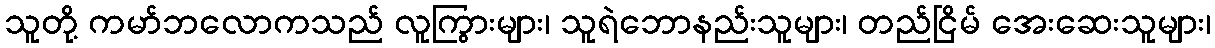
သူတို့ ကမာ်ဘလောကသည် လူကြွားများ၊ သူရဲဘောနည်းသူများ၊ တည်ငြိမ် အေးဆေးသူများ၊